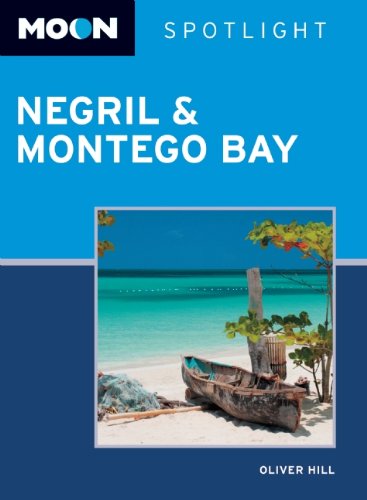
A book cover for Moon Spotlight Negril & Montego Bay; Oliver Hill; Travel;